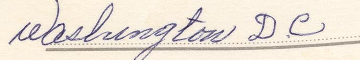
Washington D.C